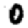
Digit: 0